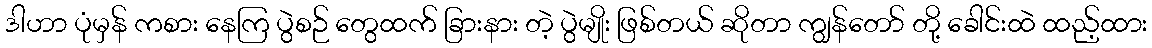
ဒါဟာ ပုံမှန် ကစား နေကြ ပွဲစဉ် တွေထက် ခြားနား တဲ့ ပွဲမျိုး ဖြစ်တယ် ဆိုတာ ကျွန်တော် တို့ ခေါင်းထဲ ထည့်ထား